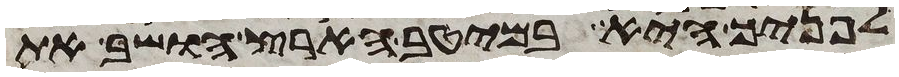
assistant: לפניך היא במיטב הארץ הושב את